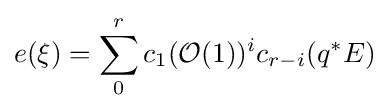
e(\xi )=\sum _{0}^{r}c_{1}({\mathcal {O}}(1))^{i}c_{r-i}(q^{*}E)